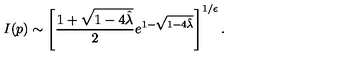
I ( p ) \sim \left[ { \frac { 1 + \sqrt { 1 - 4 { \hat { \lambda } } } } { 2 } } e ^ { 1 - \sqrt { 1 - 4 { \hat { \lambda } } } } \right] ^ { 1 / \epsilon } .